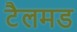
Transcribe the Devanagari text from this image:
टैलमड